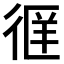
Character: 𫹖